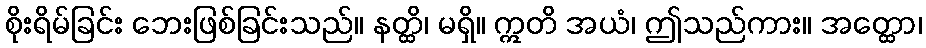
စိုးရိမ်ခြင်း ဘေးဖြစ်ခြင်းသည်။ နတ္ထိ၊ မရှိ။ ဣတိ အယံ၊ ဤသည်ကား။ အတ္ထော၊